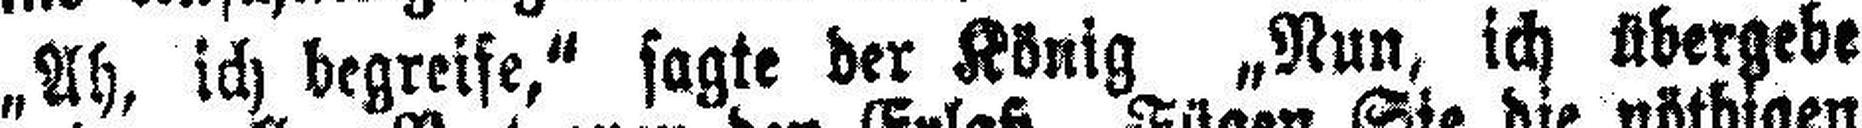
„Ah, ich begreife,“ sagte der König „Nun, ich übergebe